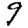
Digit: 9